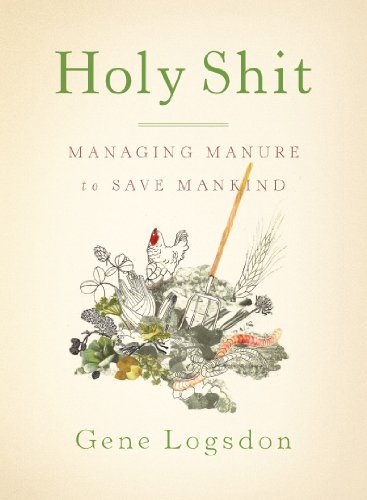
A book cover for Holy Shit: Managing Manure to Save Mankind; Gene Logsdon; Crafts, Hobbies & Home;